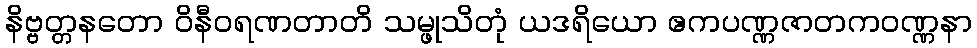
နိဗ္ဗတ္တနတော ဝိနီဝရဏတာတိ သမ္ဖုသိတုံ ယဒရိယော ဧကပဏ္ဏဇာတကဝဏ္ဏနာ